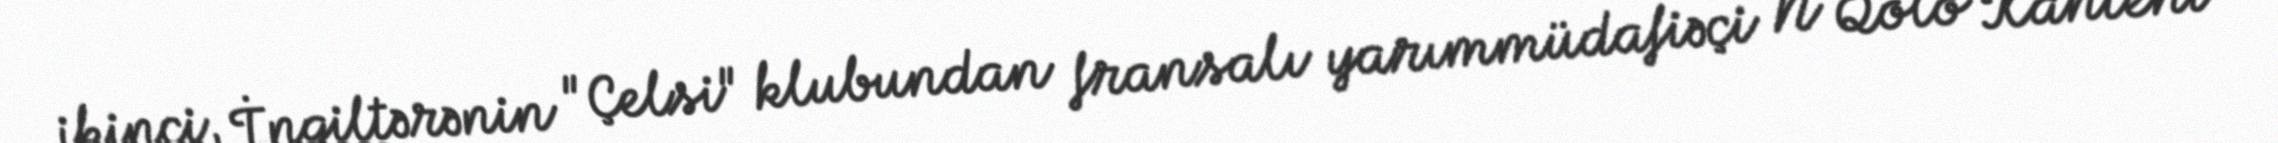
ikinci, İngiltərənin "Çelsi" klubundan fransalı yarımmüdafiəçi N Qolo Kanteni